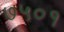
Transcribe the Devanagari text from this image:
७५०१